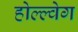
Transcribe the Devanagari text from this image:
होल्ल्वेग